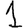
Digit: 1